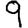
Digit: 9